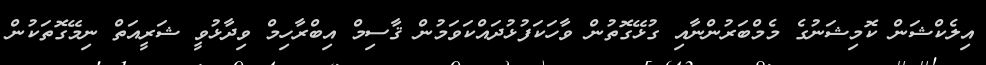
އިލެކްޝަން ކޮމިޝަނުގެ މެމްބަރުންނާއި ގުޅޭގޮތުން ވާހަކަފުޅުދައްކަވަމުން ޤާސިމް އިބްރާހިމް ވިދާޅުވީ ޝަރީއަތް ނިމޭގޮތަކުން